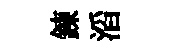
錬滔